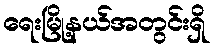
ရေးမြို့နယ်အတွင်းရှိ